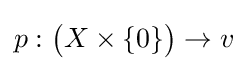
p:{\bigl (}X\times \{0\}{\bigr )}\to v